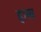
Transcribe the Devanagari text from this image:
ह्रास्व